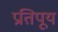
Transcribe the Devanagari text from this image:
प्रतिपूय